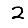
Digit: 2